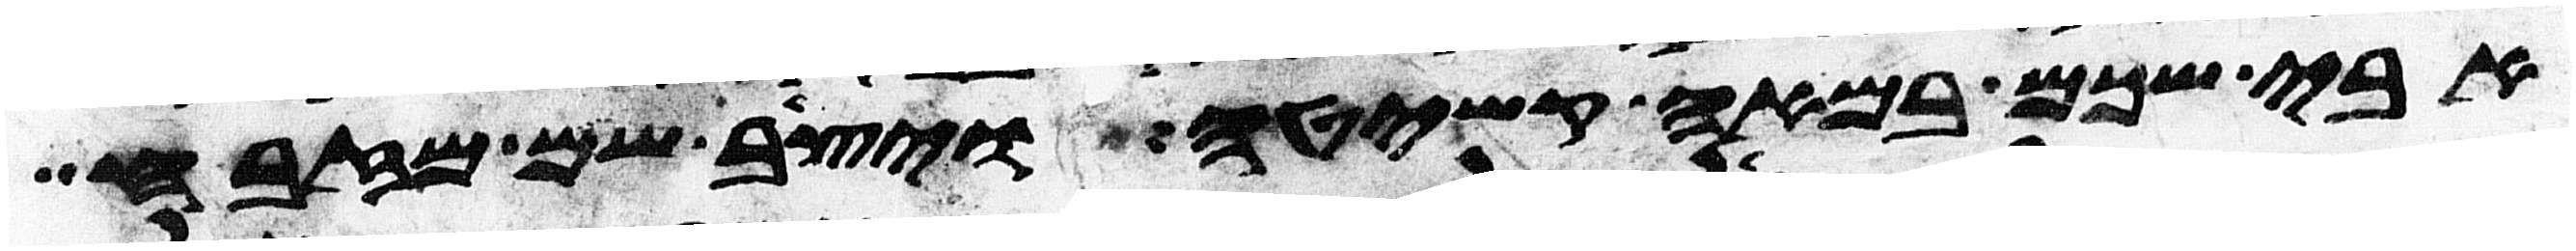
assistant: אבי שכם במאה קשיטה ויצב שם מזבח